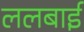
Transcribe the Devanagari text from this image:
ललबाई